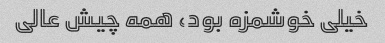
خیلی خوشمزه بود، همه چیش عالی